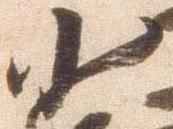
小